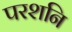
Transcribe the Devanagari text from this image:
परशनि